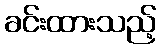
ခင်းထားသည့်